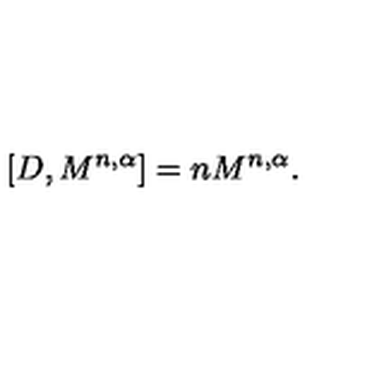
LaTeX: \lbrack D , M ^ { n , \alpha } ] = n M ^ { n , \alpha } .